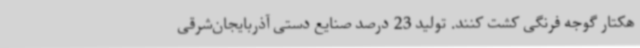
هکتار گوجه فرنگی کشت کنند. تولید 23 درصد صنایع دستی آذربایجان‌شرقی